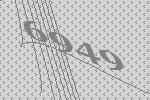
6949